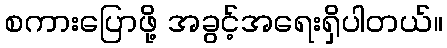
စကားပြောဖို့ အခွင့်အရေးရှိပါတယ်။